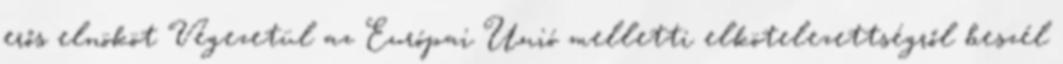
erős elnököt Végezetül az Európai Unió melletti elkötelezettségről beszél